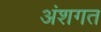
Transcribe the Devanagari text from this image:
अंशगत